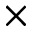
\times